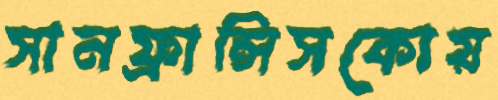
সানফ্রান্সিসকোয়